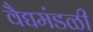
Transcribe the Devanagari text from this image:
वैद्यमंडळी